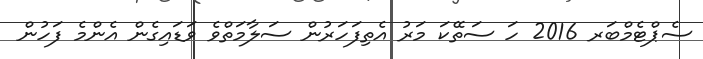
ސެޕްޓެމްބަރ 2016 ހަ ސަތޭކަ މަރު އެތިފަހަރުން ސަލާމަތްވެ ވަޑައިގެން އެންމެ ފަހުން